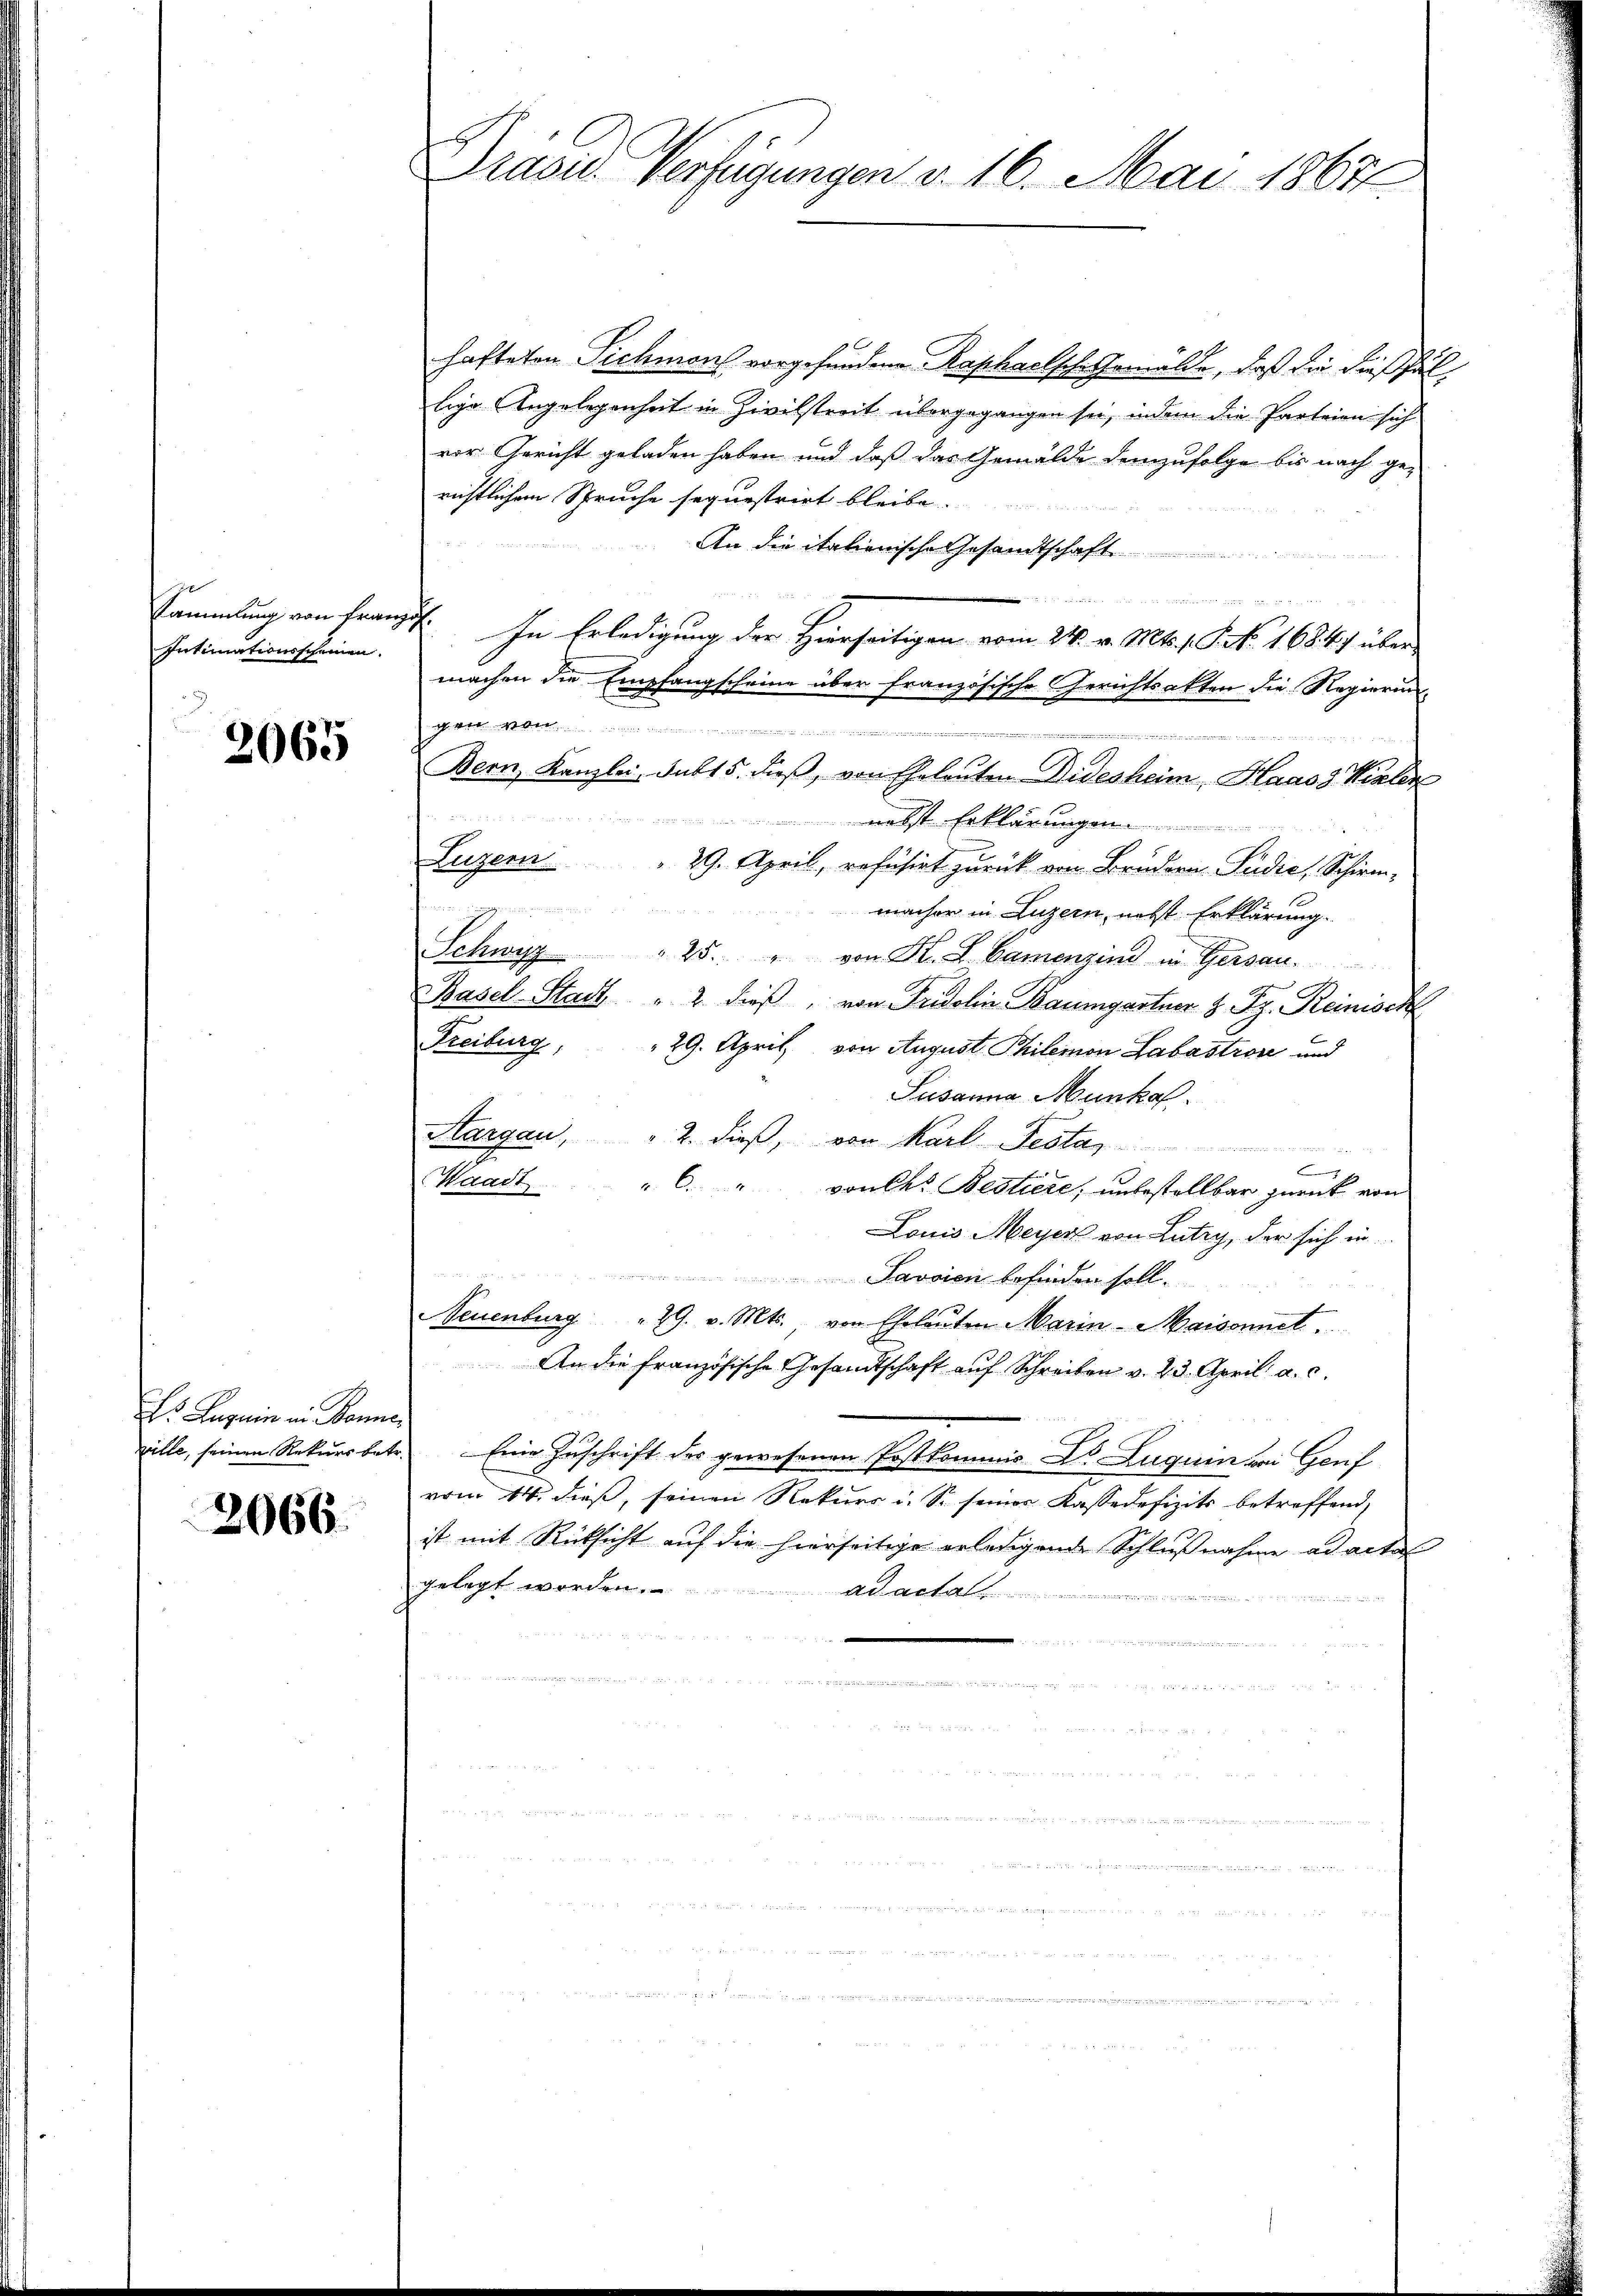
Sammlung von Franz
Intimationsscheinen.

2065

hs Garnin in Banne
pille, seinen Rekurs betr

2066.

Präsid. Verfügungen v. 16. Mai 18677.

hafteten Sichmons vorgefundene Raphaelsche Gemälde, daß die dießfällige Angelegenheit in Zivilstreit übergegangen sei, indem die Parteien sich
vor Gericht geladen haben und daß das Gemälde demzufolge bis nach ge-
richtlichem Spruche sequestrirt bleibe.
An die italienische Gesandtschaft
n
E. In Erledigung der Hierseitigen vom 24. v. Mts. 1. Frk. 1684 über
machen die Empfangscheine über französische Gerichtsakten die Regierung
achwer we

Bern, Kanzlei, subt 5. dieβ, von Eheleuten Didesheim Haas 3 Vielen
 nebst Erklärungen
Luzern
29. April, refusirt zurück von Brudern-Pudić, Schirm-
 14
macher in Luzern, nebst Erklärung.
Schwyz " 25. " von K. L. Camenzins in Gersau.
Basel-Stadt " 2 dieß, von Fridolin Baumgartner 8 Fr. Reinisch
Freiburg, 29. April, von August. Thilemon Labastron und
Susanna Munkaf
Aargau, " 2. dieß, von Karl-Testa
F
Waadt
" 6. " von des Bestiere, unbestellbar zurück von
Louis Meyer von Lutry, der sich in
Javsien befinden soll.
Neuenburg 29. v. Mts. von Eheleuten Marin-Maisonnet.
An die französische Gesandtschaft auf Schreiben v. 23. April a. c.
Eine Zuschrift des gewesenen Postkommis Dr. Lugum bei Genf
vom 14. dieß, seinen Rekurs u. So seiner Kasse defizits betreffend,
ist mit Rücksicht auf die hierseitige erledigende Schlußnahme ad acta
gelegt worden.
ad acta
i
a